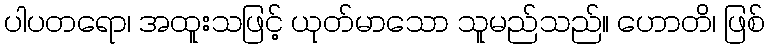
ပါပတရော၊ အထူးသဖြင့် ယုတ်မာသော သူမည်သည်။ ဟောတိ၊ ဖြစ်